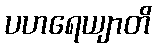
ပဟရေယျာတိ